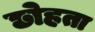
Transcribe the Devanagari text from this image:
छोहता